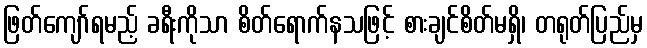
ဖြတ်ကျော်ရမည့် ခရီးကိုသာ စိတ်ရောက်နသဖြင့် စားချင်စိတ်မရှိ၊ တရုတ်ပြည်မှ